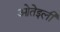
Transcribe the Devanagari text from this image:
ओतेइली